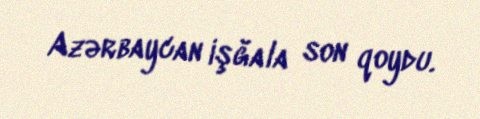
Azərbaycan işğala son qoydu.